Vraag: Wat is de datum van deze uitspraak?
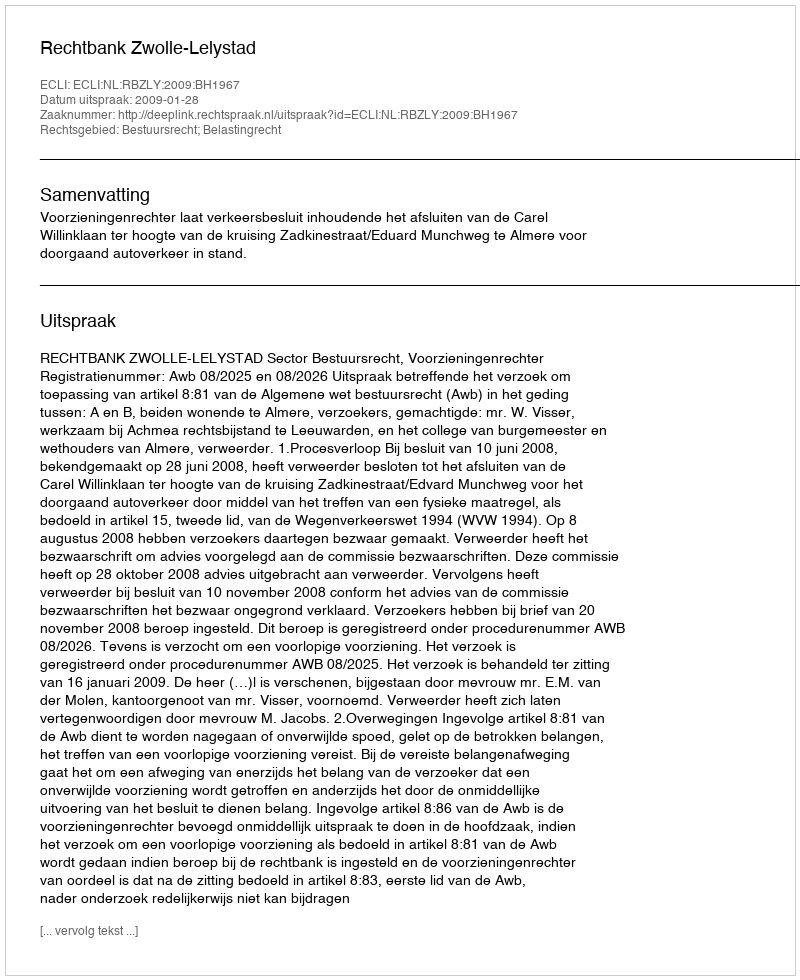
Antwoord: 2009-01-28